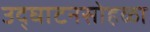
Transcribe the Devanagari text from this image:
उद्‌घाटनसोहळा